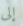
إلى